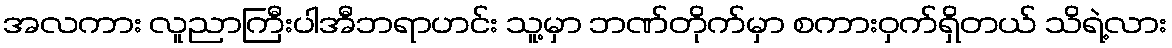
အလကား လူညာကြီးပါအီဘရာဟင်း သူ့မှာ ဘဏ်တိုက်မှာ စကားဝှက်ရှိတယ် သိရဲ့လား